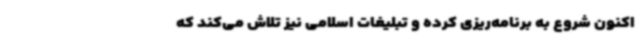
اکنون شروع به برنامه‌ریزی کرده و تبلیغات اسلامی نیز تلاش می‌کند که